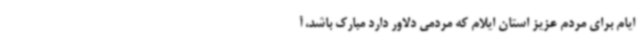
ایام برای مردم عزیز استان ایلام که مردمی دلاور دارد مبارک باشد، آ